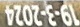
19-3-2024